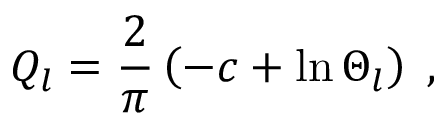
Q _ { l } = \frac { 2 } { \pi } \left( - c + \ln \Theta _ { l } \right) \; ,